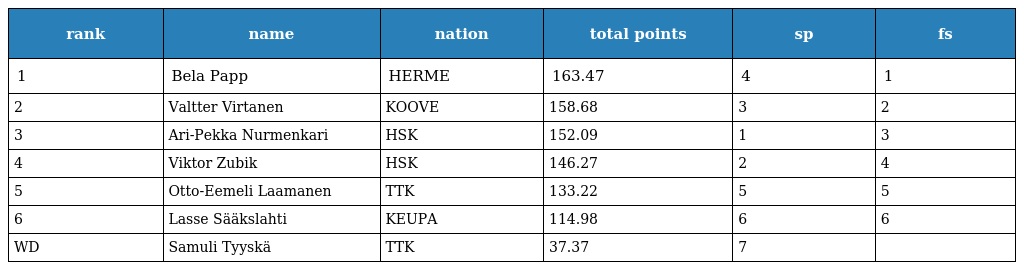
| rank | name | nation | total points | sp | fs |
 | --- | --- | --- | --- | --- | --- |
 | 1 | Bela Papp | HERME | 163.47 | 4 | 1 |
 | 2 | Valtter Virtanen | KOOVE | 158.68 | 3 | 2 |
 | 3 | Ari-Pekka Nurmenkari | HSK | 152.09 | 1 | 3 |
 | 4 | Viktor Zubik | HSK | 146.27 | 2 | 4 |
 | 5 | Otto-Eemeli Laamanen | TTK | 133.22 | 5 | 5 |
 | 6 | Lasse Sääkslahti | KEUPA | 114.98 | 6 | 6 |
 | WD | Samuli Tyyskä | TTK | 37.37 | 7 |  |